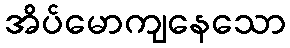
အိပ်မောကျနေသော